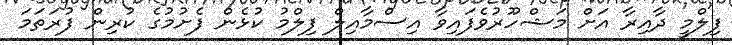
ފިލްމީ ދާއިރާ އަށް މަޝްހޫރުވެފައިވާ އިސްމާއިލް ފިލްމު ކުޅެން ފެށުމުގެ ކުރިން ފުރަތަމަ